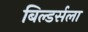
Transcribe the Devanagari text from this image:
बिल्डर्सला